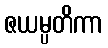
ဇယမ္ပတိကာ